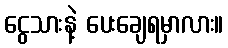
ငွေသားနဲ့ ပေးချေရမှာလား။